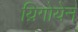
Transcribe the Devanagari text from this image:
य्रिगोयेन